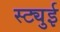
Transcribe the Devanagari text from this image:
स्ट्युई